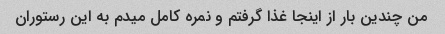
من چندین بار از اینجا غذا گرفتم و نمره کامل میدم به این رستوران